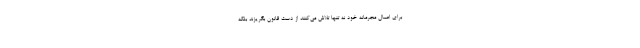
برای اعمال مجرمانه خود نه تنها تلاش می‌کنند از دست قانون بگریزند بلکه